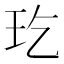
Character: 𤣮